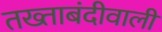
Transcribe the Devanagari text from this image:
तख्ताबंदीवाली